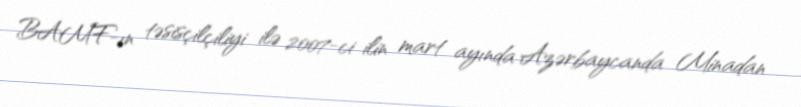
BAMF-ın təsisçilçiliyi ilə 2007-ci ilin mart ayında Azərbaycanda Minadan